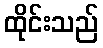
ထိုင်းသည်